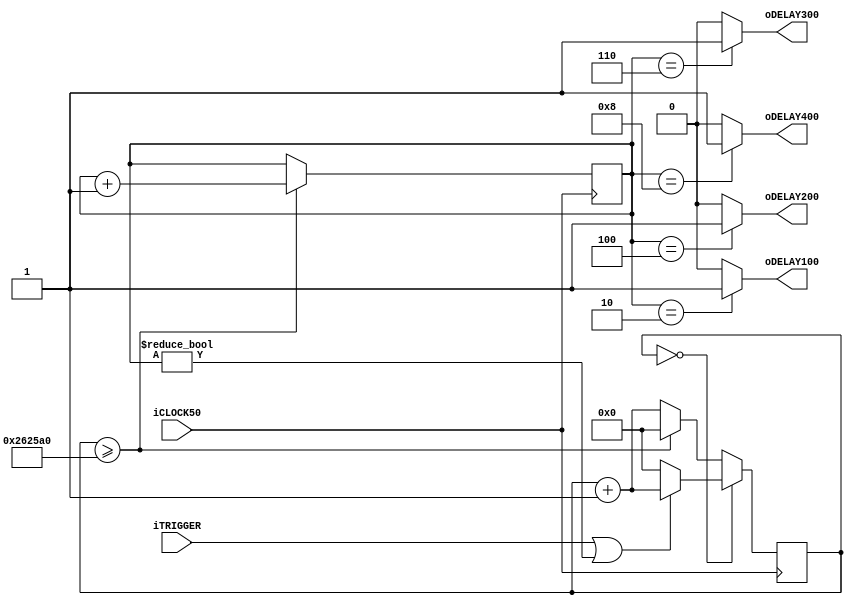
module delay_x00_ms(
	input  iCLOCK50,
	input  iTRIGGER,
	output oDELAY100,  // delayed ~100ms, is held asserted for ~50ms
	output oDELAY200,  // delayed ~200ms, is held asserted for ~50ms
	output oDELAY300,  // delayed ~300ms, is held asserted for ~50ms
	output oDELAY400   // delayed ~400ms, is held asserted for ~50ms
);
// for delayed reset signal
reg  [21:0] local_counter;
reg  [3:0]  halfhundred_ms_counter;
reg  delayed_100, delayed_200, delayed_300, delayed_400;

assign oDELAY100 = delayed_100;
assign oDELAY200 = delayed_200;
assign oDELAY300 = delayed_300;
assign oDELAY400 = delayed_400;

always @ (posedge iCLOCK50) begin
	if (local_counter == 22'd0) begin
		if(iTRIGGER||(halfhundred_ms_counter!=4'd0))
			local_counter <= local_counter + 1'b1;
		else
			local_counter <= 22'd0;
	end
	else if(local_counter >= 22'b10_0110_0010_0101_1010_0000)  // roughly the number of clocks for 0.05 second
		local_counter <= 22'd0;
	else
		local_counter <= local_counter + 1'b1;
	
	if(local_counter >= 22'b10_0110_0010_0101_1010_0000)
		halfhundred_ms_counter <= halfhundred_ms_counter + 1'b1;
	else
		halfhundred_ms_counter <= halfhundred_ms_counter;
end

always @ (*) begin
	if (halfhundred_ms_counter == 4'b0010)  // 4'b0000 is not allowed since an idle counter has this pattern
		delayed_100 = 1'b1;
	else
		delayed_100 = 1'b0;
		
	if (halfhundred_ms_counter == 4'b0100)
		delayed_200 = 1'b1;
	else
		delayed_200 = 1'b0;
	
	if (halfhundred_ms_counter == 4'b0110)
		delayed_300 = 1'b1;
	else
		delayed_300 = 1'b0;
	
	if (halfhundred_ms_counter == 4'b1000)
		delayed_400 = 1'b1;
	else
		delayed_400 = 1'b0;
end

endmodule